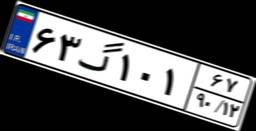
۶۳گ۱۰۱۶۷